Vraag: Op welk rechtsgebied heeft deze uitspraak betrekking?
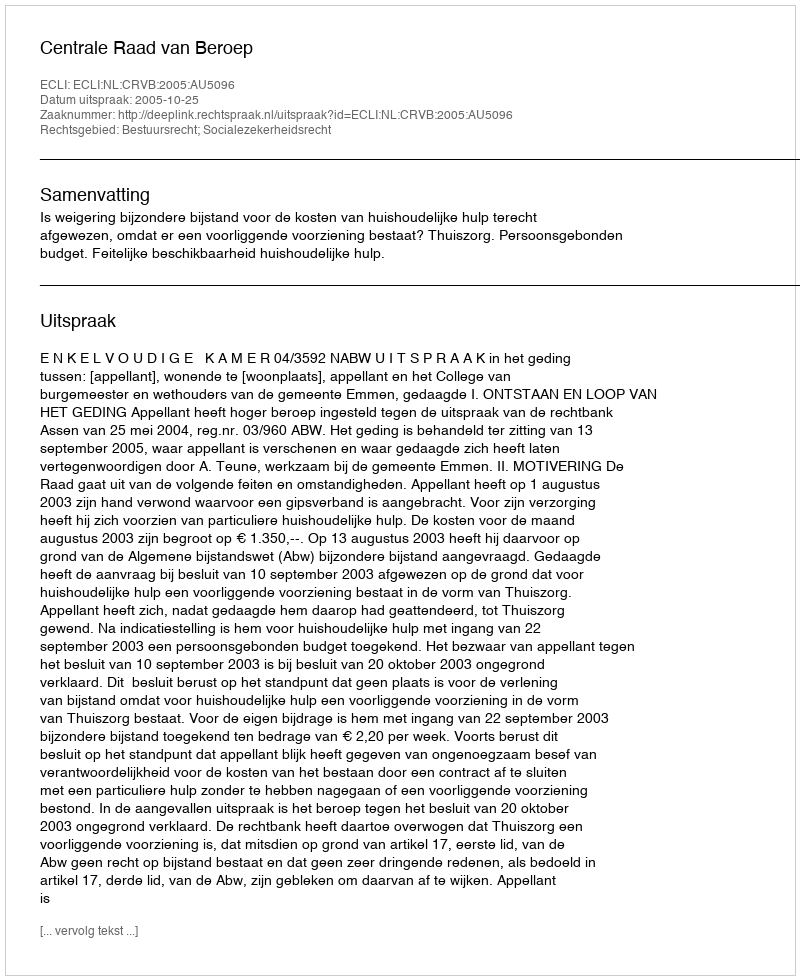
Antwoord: Bestuursrecht; Socialezekerheidsrecht